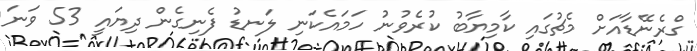
ގްރެނޭޑާއަށް މެޗުގައި ކާމިޔާބު ކުރެވުނު ހަމައެކަނި ލަނޑު ފެނިގެން ދިޔައީ 53 ވަނަ